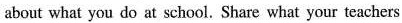
about what you do at school. Share what your teachers